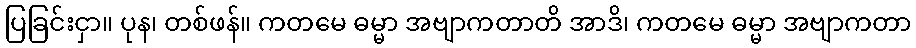
ပြခြင်းငှာ။ ပုန၊ တစ်ဖန်။ ကတမေ ဓမ္မာ အဗျာကတာတိ အာဒိ၊ ကတမေ ဓမ္မာ အဗျာကတာ